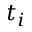
t _ { i }